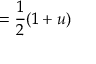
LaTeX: = { \frac { 1 } { 2 } } ( 1 + u )